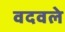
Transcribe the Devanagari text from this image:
वदवले